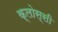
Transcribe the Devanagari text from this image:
क्लोस्सी